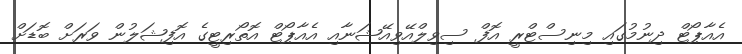
އެއާޕޯޓް ދިނުމުގައި މިނިސްޓްރީ އޮފް ސިވިލްއޭވިއޭޝަނާއި އެއާޕޯޓް އޮތޯރިޓީގެ އޮފިޝަލުން ވަރަށް ބޮޑަށް